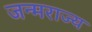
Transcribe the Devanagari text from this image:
जन्मराज्य